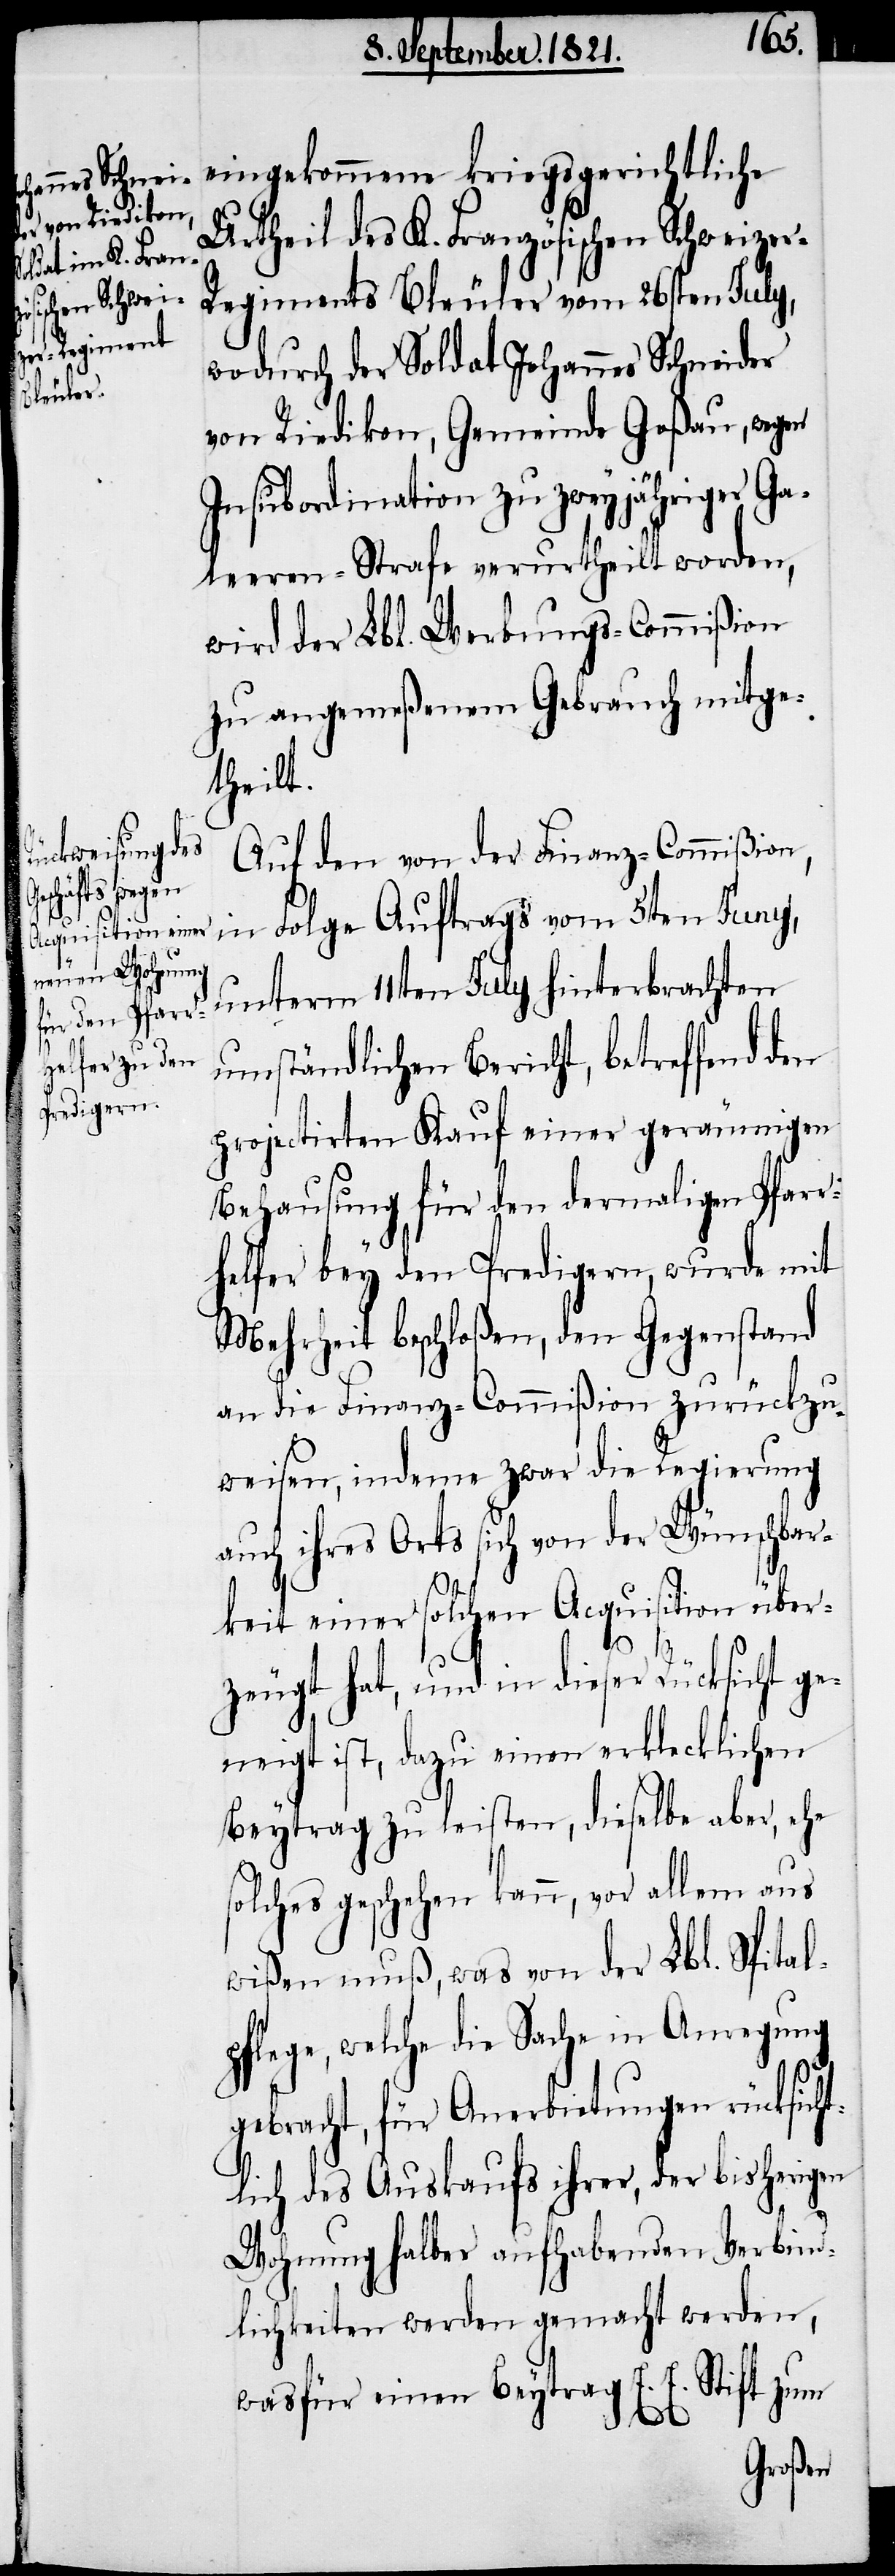
Auf den von der Finanz-Commißion,
in Folge Auftrags vom 5ten Juny,
unterm 11ten July hinterbrachten
umständlichen Bericht, betreffend den
projectirten Kauf einer geräumigen
Behausung für den dermaligen Pfarr¬
helfer bey den Predigern, wurde mit
Mehrheit beschloßen, den Gegenstand
an die Finanz-Commißion zurückzu¬
weisen, indem zwar die Regierung
auch ihres Orts sich von der Wünschbar¬
keit einer solchen Acquisition über¬
zeugt hat, und in dieser Rücksicht ge¬
neigt ist, dazu einen erklecklichen
Beytrag zu leisten, dieselbe aber, ehe
solches geschehen kann, vor allem aus
wißen muß, was von der Lbl. Spital¬
pflege, welche die Sache in Anregung
gebracht, für Anerbietungen rücksicht¬
lich des Auskaufs ihrer, der bisherigen
Wohnung halber aufhabenden Verbind¬
lichkeiten werden gemacht werden,
wasfür einen Beytrag E. E. Stift zum